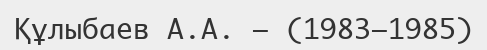
Құлыбаев А.А. — (1983—1985)